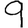
Digit: 9